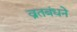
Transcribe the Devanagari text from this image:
व्रतबंधने